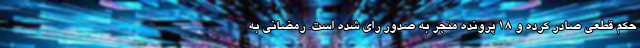
حکم قطعی صادر کرده و ۱۸ پرونده منجر به صدور رای شده است. رمضانی به